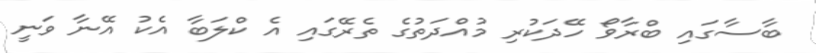
ބާސާގައި ބްރާވޯ ހޭދަކުރި މުއްދަތުގެ ތެރޭގައި އެ ކްލަބާ އެކު އޭނާ ވަނީ